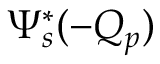
\Psi _ { s } ^ { * } ( - Q _ { p } )